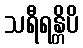
သရီရန္တိပိ